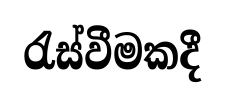
රැස්වීමකදී